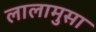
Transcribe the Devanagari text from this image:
लालामुसा